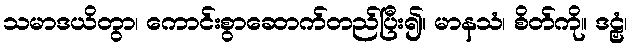
သမာဒယိတွာ၊ ကောင်းစွာဆောက်တည်ပြီး၍။ မာနသံ၊ စိတ်ကို။ ဒဠှံ၊